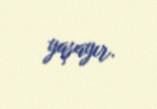
yaşayır.